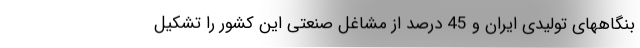
بنگاههای تولیدی ایران و 45 درصد از مشاغل صنعتی این کشور را تشکیل